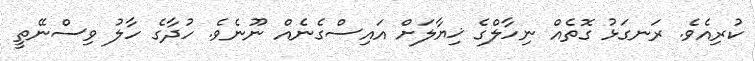
ކުރިއެވެ. ރަނގަޅު ގޮތެއް ނިހާލްގެ ޚިޔާލަށް އައިސްގެނެއް ނޫނެވެ. ހުދާގެ ހާލު ވިސްނޭތީ